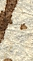
v.g.